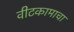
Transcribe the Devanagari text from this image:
वीटकामाचा